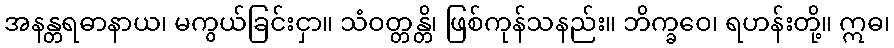
အနန္တရဓာနာယ၊ မကွယ်ခြင်းငှာ။ သံဝတ္တန္တိ၊ ဖြစ်ကုန်သနည်း။ ဘိက္ခဝေ၊ ရဟန်းတို့။ ဣဓ၊